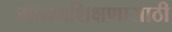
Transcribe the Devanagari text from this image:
गायनशिक्षणासाठी